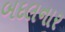
બદલનાર